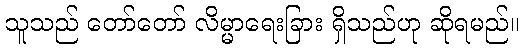
သူသည် တော်တော် လိမ္မာရေးခြား ရှိသည်ဟု ဆိုရမည်။